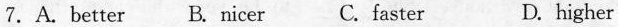
7. A. Better B. Nicer C. Faster D. Higher